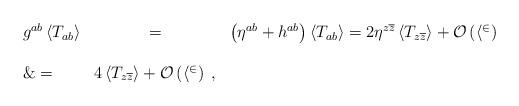
LaTeX: \begin{align*}\begin{array}{lcl}g^{ab}\left<T_{ab}\right>&=&\left(\eta^{ab}+h^{ab}\right)\left<T_{ab}\right>=2\eta^{z\overline z}\left<T_{z\overline z}\right>+\cal O\left(h^2\right)\\\\\&=&4\left<T_{z\overline z}\right>+\cal O\left(h^2\right)\;,\end{array}\end{align*}